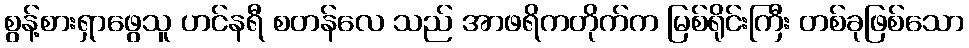
စွန့်စားရှာဖွေသူ ဟင်နရီ စတန်လေ သည် အာဖရိကတိုက်က မြစ်ရိုင်းကြီး တစ်ခုဖြစ်သော